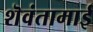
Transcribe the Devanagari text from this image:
शॆवंतामाई